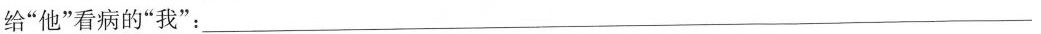
给”他”看病的”我”：___